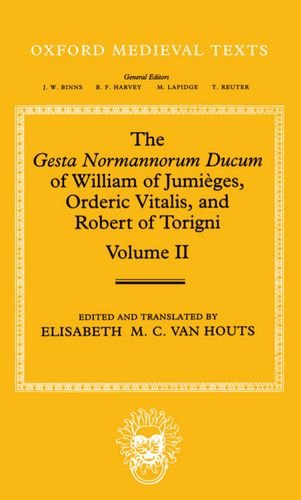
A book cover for The Gesta Normannorum Ducum of William of JumiÃ¨ges, Orderic Vitalis, and Robert of Torigni: Volume II: Books V-VIII (Oxford Medieval Texts); Literature & Fiction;